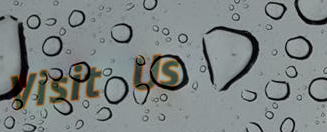
Visit Us